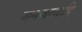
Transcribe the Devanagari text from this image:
जनजन्मादि